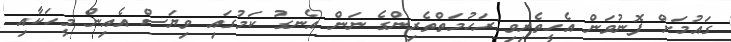
ގައުމަށް ފޮނުވަން އެހީތެރިވި ރަހުމަތްތެރިންގެ ނަން އެނގު ކަމުގައި ވިޔަސް އެއިން މީހަކާއި